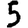
Digit: 5